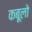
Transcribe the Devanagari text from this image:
कबूलो